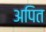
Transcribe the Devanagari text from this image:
अपित